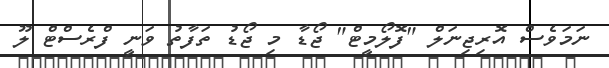
ނަމަވެސް އޮރިޖިނަލް "ފޮލޯމީޓް" ޖޯޑާ މި ޖޯޑު ތަފާތު ވަނީ ފްރެސްޓް ލޫ